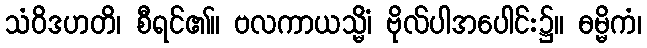
သံဝိဒဟတိ၊ စီရင်၏။ ဗလကာယသ္မိံ၊ ဗိုလ်ပါအပေါင်း၌။ ဓမ္မိကံ၊